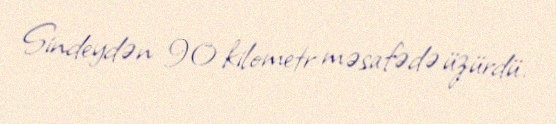
Sindeydən 90 kilometr məsafədə üzürdü.